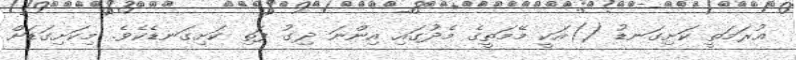
އުރަމަތީ ކަށިގަނޑު ()އަކީ މޭމަތީގެ މެދުގައި އިންނަ ދިގު ފަތި ކަށިގަނޑެކެވެ. މިކަށިގަޑަށް